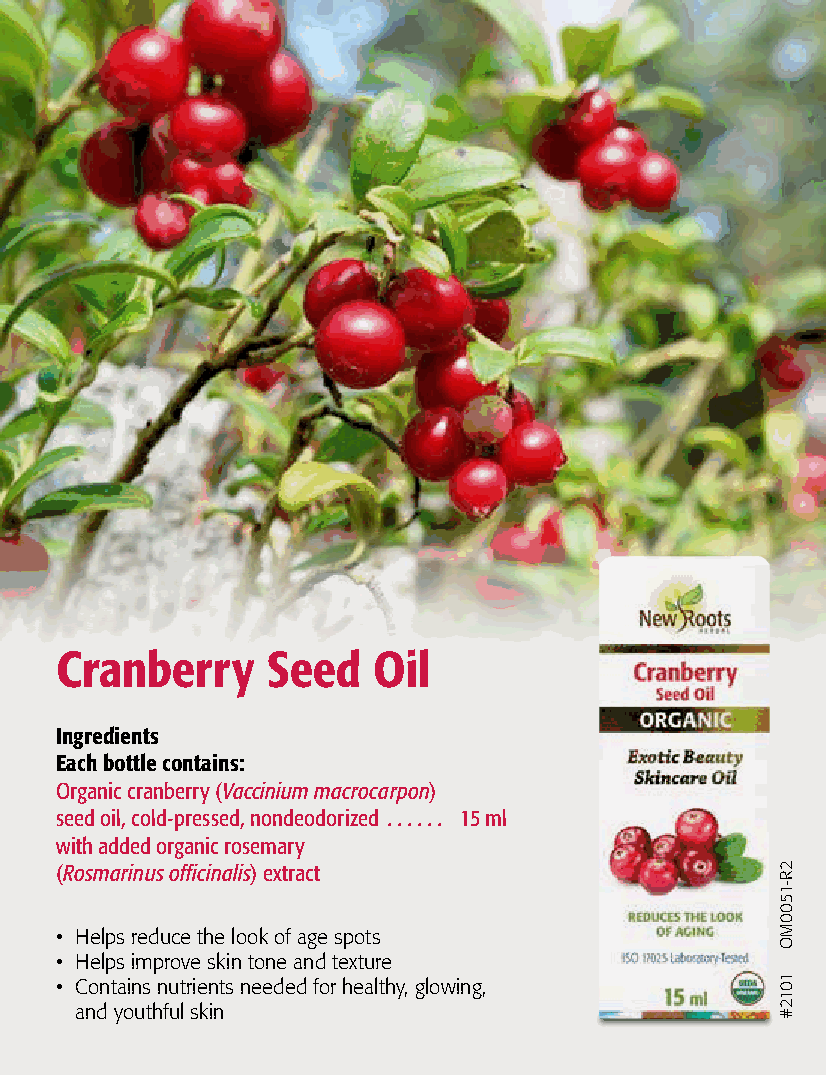
Cranberry     Seed   Oil
 Ingredients
 Each bottle contains:
 Organic cranberry (Vaccinium macrocarpon)
 seed oil, cold-pressed, nondeodorized  . . . . . . 15 ml
 with added organic rosemary
 (Rosmarinus officinalis) extract
 • Helps reduce the look of age spots
 • Helps improve skin tone and texture
 • Contains nutrients needed for healthy, glowing,
 and youthful skin
 2R-1500MO
 1012#